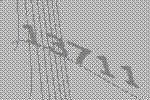
13711